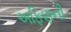
અફિણની